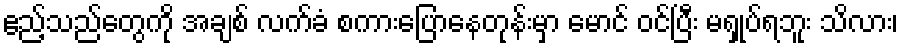
ဧည့်သည်တွေကို အချစ် လက်ခံ စကားပြောနေတုန်းမှာ မောင် ဝင်ပြီး မရှုပ်ရဘူး သိလား၊